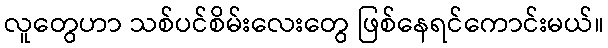
လူတွေဟာ သစ်ပင်စိမ်းလေးတွေ ဖြစ်နေရင်ကောင်းမယ်။